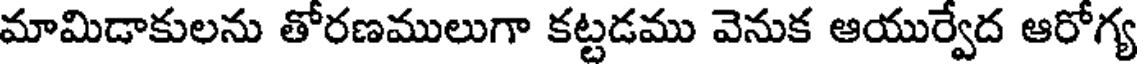
మామిడాకులను తోరణములుగా కట్టడము వెనుక ఆయుర్వేద ఆరోగ్య